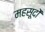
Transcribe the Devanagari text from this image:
महसूदों